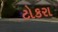
ટોકરા